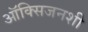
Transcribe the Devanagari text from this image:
ऑक्सिजनशी